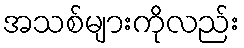
အသစ်များကိုလည်း